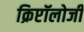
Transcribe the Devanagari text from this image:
क्रिप्टॉलोजी